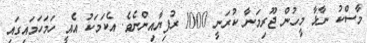
މާސްކު ނާޅާ މީހުން ޖޫރިމަނާ ކުރަނީ 1000 ރުފިޔާއިންނެވެ. އެކަމަކު އެއީ ހަމަހަމައިގައި